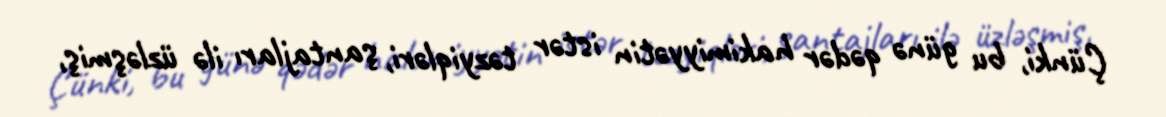
Çünki, bu günə qədər hakimiyyətin istər təzyiqləri, şantajları ilə üzləşmiş,